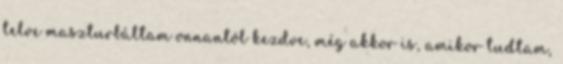
telve maszturbáltam onnantól kezdve, még akkor is, amikor tudtam,